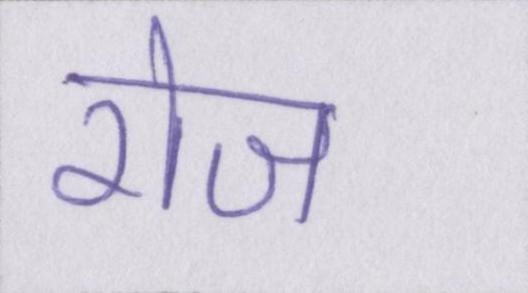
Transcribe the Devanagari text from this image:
रोज